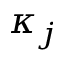
\kappa _ { j }